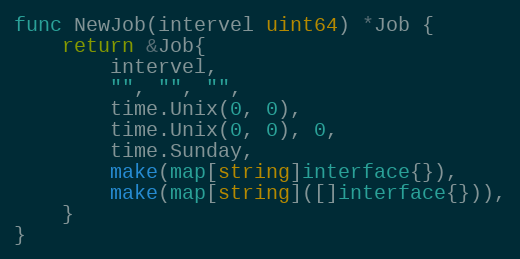
Language: Go
func NewJob(intervel uint64) *Job {
	return &Job{
		intervel,
		"", "", "",
		time.Unix(0, 0),
		time.Unix(0, 0), 0,
		time.Sunday,
		make(map[string]interface{}),
		make(map[string]([]interface{})),
	}
}